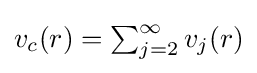
{\textstyle v_{c}(r)=\sum _{j=2}^{\infty }v_{j}(r)}